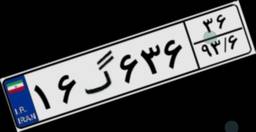
۱۶گ۶۳۶۳۶